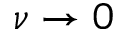
\nu \rightarrow 0